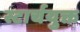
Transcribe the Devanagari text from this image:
स्टार्चयुक्त